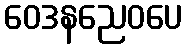
ဝေဒနညေဝပေ